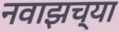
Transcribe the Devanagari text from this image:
नवाझच्या